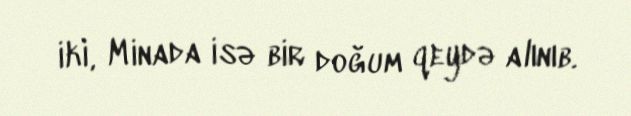
iki, Minada isə bir doğum qeydə alınıb.